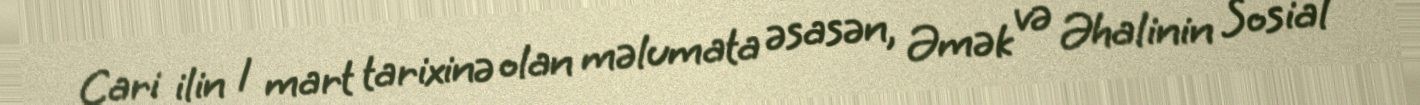
Cari ilin 1 mart tarixinə olan məlumata əsasən, Əmək və Əhalinin Sosial